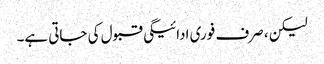
لیکن ، صرف فوری ادائیگی قبول کی جاتی ہے۔